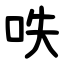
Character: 呹